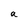
Character: a